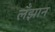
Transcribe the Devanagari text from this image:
लँझान